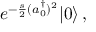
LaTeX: e ^ { - \frac { s } { 2 } ( a _ { 0 } ^ { \dagger } ) ^ { 2 } } | 0 \rangle \, ,